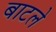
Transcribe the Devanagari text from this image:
बाटले